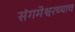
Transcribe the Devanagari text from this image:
संगमेश्वरच्याच